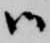
候